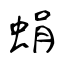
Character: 蜎